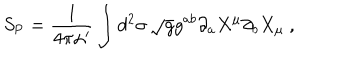
S _ { \mathrm { P } } = \frac { 1 } { 4 \pi \alpha ^ { \prime } } \int d ^ { 2 } \sigma \, \sqrt { g } g ^ { a b } \partial _ { a } X ^ { \mu } \partial _ { b } X _ { \mu } \ ,